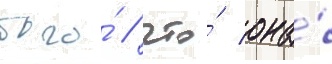
того́ / что́ она́